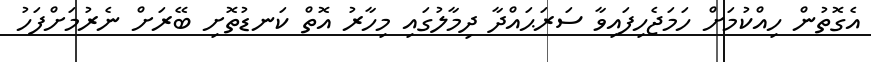
އެގޮތުން ހިއްކުމަށް ހަމަޖެހިފައިވާ ސަރަޙައްދާ ދިމާލުގައި މިހާރު އޮތް ކަނޑުތޮށި ބޭރަށް ނެރުމަށްފަހު